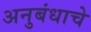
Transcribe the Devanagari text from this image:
अनुबंधाचे